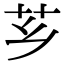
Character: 芗